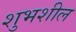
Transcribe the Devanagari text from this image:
शुभशील